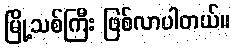
မြို့သစ်ကြီး ဖြစ်လာပါတယ်။